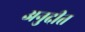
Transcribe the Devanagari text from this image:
अनुदीत